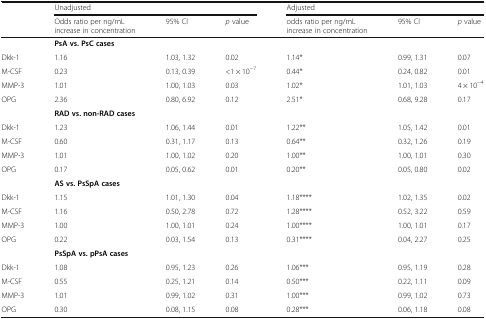
<table><thead><tr><td rowspan="2"></td><td colspan="3"><b>Unadjusted</b></td><td colspan="3"><b>Adjusted</b></td></tr><tr><td><b>Odds ratio per ng/mL increase in concentration</b></td><td><b>95% CI</b></td><td><b><i>p</i> value</b></td><td><b>odds ratio per ng/mL increase in concentration</b></td><td><b>95% CI</b></td><td><b><i>p</i> value</b></td></tr></thead><tbody><tr><td></td><td colspan="6"><b>PsA vs. PsC cases</b></td></tr><tr><td>Dkk-1</td><td>1.16</td><td>1.03, 1.32</td><td>0.02</td><td>1.14*</td><td>0.99, 1.31</td><td>0.07</td></tr><tr><td>M-CSF</td><td>0.23</td><td>0.13, 0.39</td><td>&lt;1 × 10<sup>−7</sup></td><td>0.44*</td><td>0.24, 0.82</td><td>0.01</td></tr><tr><td>MMP-3</td><td>1.01</td><td>1.00, 1.03</td><td>0.03</td><td>1.02*</td><td>1.01, 1.03</td><td>4 × 10<sup>−4</sup></td></tr><tr><td>OPG</td><td>2.36</td><td>0.80, 6.92</td><td>0.12</td><td>2.51*</td><td>0.68, 9.28</td><td>0.17</td></tr><tr><td></td><td colspan="6"><b>RAD vs. non-RAD cases</b></td></tr><tr><td>Dkk-1</td><td>1.23</td><td>1.06, 1.44</td><td>0.01</td><td>1.22**</td><td>1.05, 1.42</td><td>0.01</td></tr><tr><td>M-CSF</td><td>0.60</td><td>0.31, 1.17</td><td>0.13</td><td>0.64**</td><td>0.32, 1.26</td><td>0.19</td></tr><tr><td>MMP-3</td><td>1.01</td><td>1.00, 1.02</td><td>0.20</td><td>1.00**</td><td>1.00, 1.01</td><td>0.30</td></tr><tr><td>OPG</td><td>0.17</td><td>0.05, 0.62</td><td>0.01</td><td>0.20**</td><td>0.05, 0.80</td><td>0.02</td></tr><tr><td></td><td colspan="6"><b>AS vs. PsSpA cases</b></td></tr><tr><td>Dkk-1</td><td>1.15</td><td>1.01, 1.30</td><td>0.04</td><td>1.18****</td><td>1.02, 1.35</td><td>0.02</td></tr><tr><td>M-CSF</td><td>1.16</td><td>0.50, 2.78</td><td>0.72</td><td>1.28****</td><td>0.52, 3.22</td><td>0.59</td></tr><tr><td>MMP-3</td><td>1.00</td><td>1.00, 1.01</td><td>0.24</td><td>1.00****</td><td>1.00, 1.01</td><td>0.17</td></tr><tr><td>OPG</td><td>0.22</td><td>0.03, 1.54</td><td>0.13</td><td>0.31****</td><td>0.04, 2.27</td><td>0.25</td></tr><tr><td></td><td colspan="6"><b>PsSpA vs. pPsA cases</b></td></tr><tr><td>Dkk-1</td><td>1.08</td><td>0.95, 1.23</td><td>0.26</td><td>1.06***</td><td>0.95, 1.19</td><td>0.28</td></tr><tr><td>M-CSF</td><td>0.55</td><td>0.25, 1.21</td><td>0.14</td><td>0.50***</td><td>0.22, 1.11</td><td>0.09</td></tr><tr><td>MMP-3</td><td>1.01</td><td>0.99, 1.02</td><td>0.31</td><td>1.00***</td><td>0.99, 1.02</td><td>0.73</td></tr><tr><td>OPG</td><td>0.30</td><td>0.08, 1.15</td><td>0.08</td><td>0.28***</td><td>0.06, 1.18</td><td>0.08</td></tr></tbody></table>